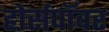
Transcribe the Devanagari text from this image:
होर्सपॉवर